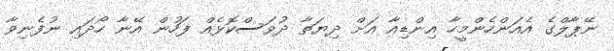
ނޭޕާލްގެ އެއަންހެންމީހާ އިންޑިއާ އަށް ދިޔަތާ ދުވަސްކޮޅެއް ފަހުން އޭނާ ހޯދައި ނުފެނިވާ